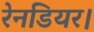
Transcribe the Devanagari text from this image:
रेनडियर।